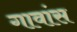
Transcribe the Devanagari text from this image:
गावांस